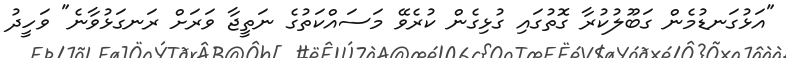
"އަޅުގަނޑުމެން ގަބޫލުކުރާ ގޮތުގައި ގުޅިގެން ކުރެވޭ މަސައްކަތުގެ ނަތީޖާ ވަރަށް ރަނގަޅުވާނެ" ވަހީދު